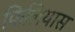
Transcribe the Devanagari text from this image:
फिलियास